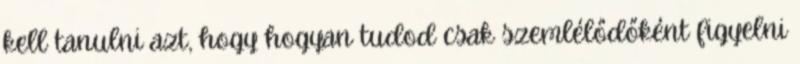
kell tanulni azt, hogy hogyan tudod csak szemlélődőként figyelni